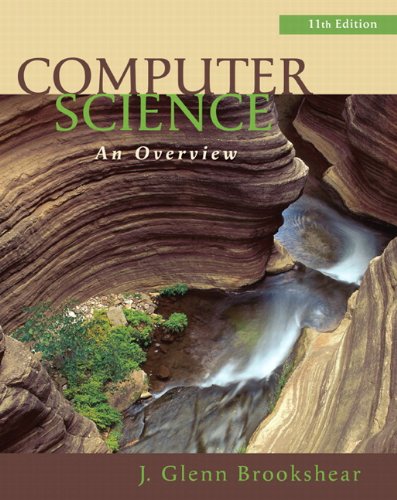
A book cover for Computer Science: An Overview (11th Edition); J. Glenn Brookshear; Business & Money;